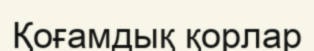
Қоғамдық қорлар